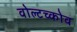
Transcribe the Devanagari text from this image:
वोल्टच्कोव